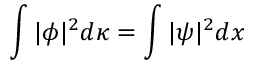
\int | \phi | ^ { 2 } d \kappa = \int | \psi | ^ { 2 } d x